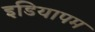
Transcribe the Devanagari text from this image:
इडियापम